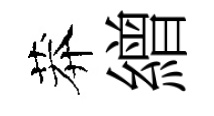
莽繒